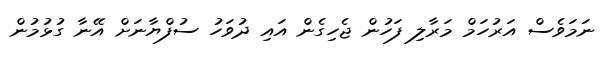
ނަމަވެސް އަރުހަމް މަރާލި ފަހުން ޖެހިގެން އައި ދުވަހު ސުފްޔާނަށް އޭނާ ގުޅުމުން